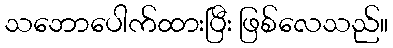
သဘောပေါက်ထားပြီး ဖြစ်လေသည်။